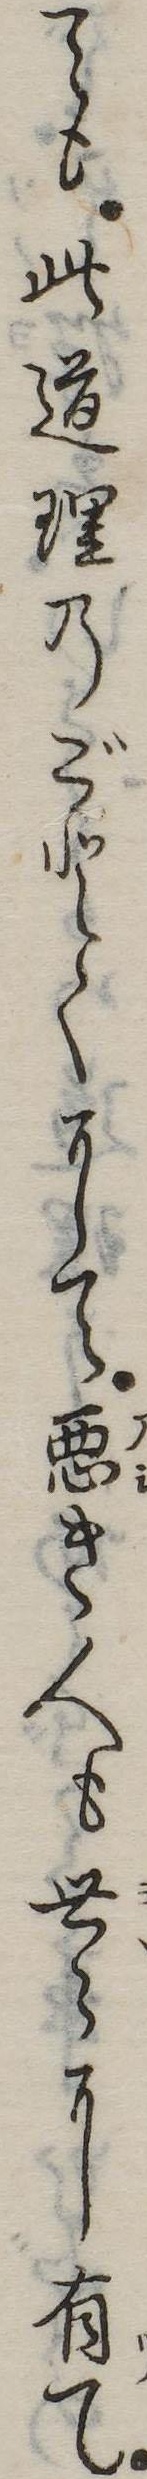
ても此道理のごとくにて悪き人も世に有て